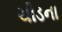
ચીડના